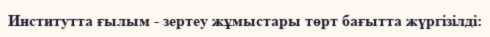
Институтта ғылым - зертеу жұмыстары төрт бағытта жүргізілді: